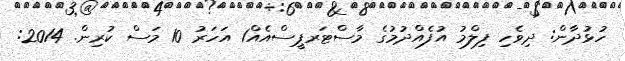
ހުޅުދާން: ދިވެހި ފިލްމު އުފެއްދުމުގެ މާސްޓަރޕީސްއެއް1 އަހަރު 10 މަސް ކުރިން. 2014: